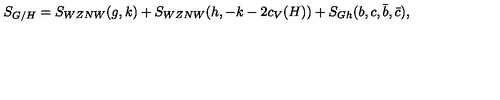
S _ { G / H } = S _ { W Z N W } ( g , k ) + S _ { W Z N W } ( h , - k - 2 c _ { V } ( H ) ) + S _ { G h } ( b , c , \bar { b } , \bar { c } ) ,